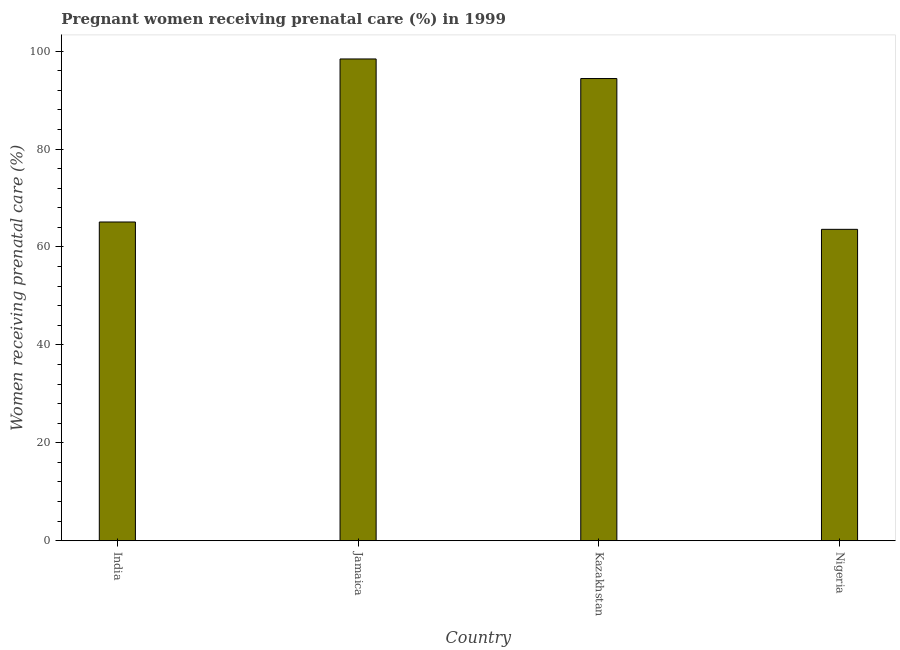
| Country | Pregnant women receiving prenatal care |
 | --- | --- |
 | India | 65.1 |
 | Jamaica | 98.4 |
 | Kazakhstan | 94.4 |
 | Nigeria | 63.6 |